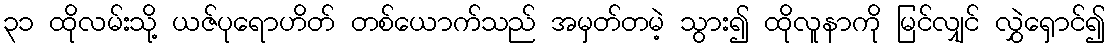
၃၁ ထိုလမ်းသို့ ယဇ်ပုရောဟိတ် တစ်ယောက်သည် အမှတ်တမဲ့ သွား၍ ထိုလူနာကို မြင်လျှင် လွှဲရှောင်၍